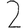
Digit: 2